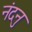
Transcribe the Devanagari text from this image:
नंदनु